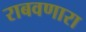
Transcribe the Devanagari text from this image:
राबवणारा